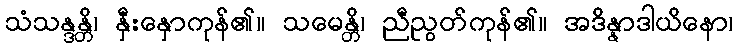
သံသန္ဒန္တိ၊ နှီးနှောကုန်၏။ သမေန္တိ၊ ညီညွတ်ကုန်၏။ အဒိန္နာဒါယိနော၊